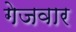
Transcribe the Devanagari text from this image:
गेजवार